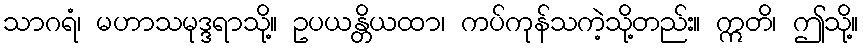
သာဂရံ၊ မဟာသမုဒ္ဒရာသို့။ ဥပယန္တိယထာ၊ ကပ်ကုန်သကဲ့သို့တည်း။ ဣတိ၊ ဤသို့။